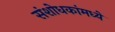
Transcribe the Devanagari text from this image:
संशोधकांमध्ये